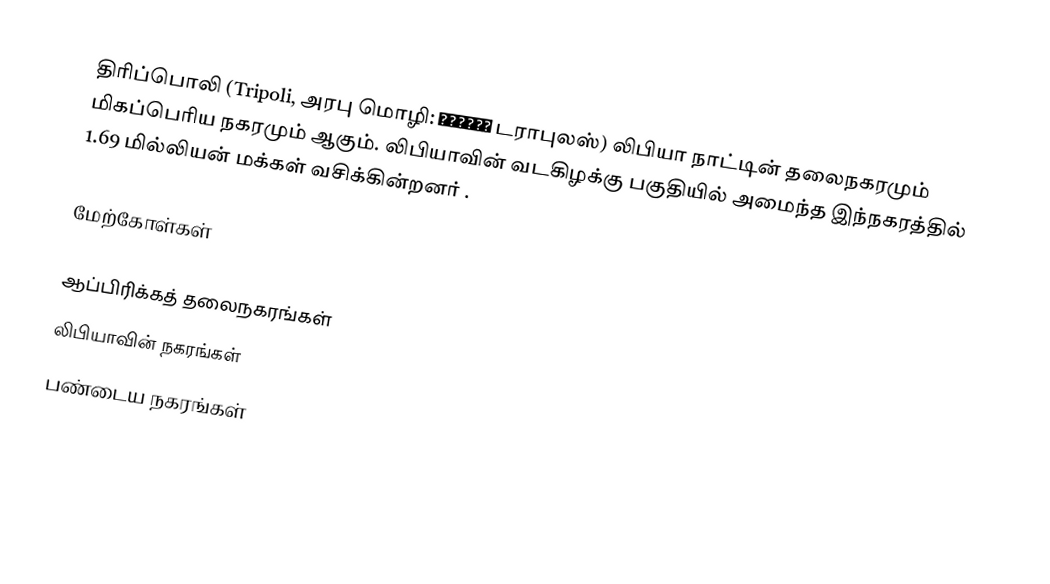
திரிப்பொலி (Tripoli, அரபு மொழி: طرابلس டராபுலஸ்) லிபியா நாட்டின் தலைநகரமும் மிகப்பெரிய நகரமும் ஆகும். லிபியாவின் வடகிழக்கு பகுதியில் அமைந்த இந்நகரத்தில் 1.69 மில்லியன் மக்கள் வசிக்கின்றனர் .

மேற்கோள்கள்

ஆப்பிரிக்கத் தலைநகரங்கள்
லிபியாவின் நகரங்கள்
பண்டைய நகரங்கள்